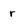
Character: r